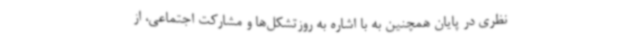
نظری در پایان همچنین به با اشاره به روزتشکل‌ها و مشارکت اجتماعی، از